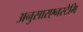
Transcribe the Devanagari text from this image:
अनुसारएनस्टेमि